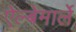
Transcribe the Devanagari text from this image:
ऐल्बेमार्ले